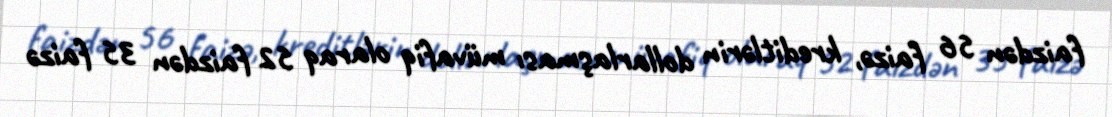
faizdən 56 faizə, kreditlərin dollarlaşması müvafiq olaraq 52 faizdən 35 faizə